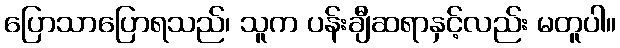
ပြောသာပြောရသည်၊ သူက ပန်းချီဆရာနှင့်လည်း မတူပါ။